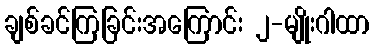
ချစ်ခင်ကြခြင်းအကြောင်း ၂-မျိုးဂါထာ